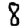
Digit: 8